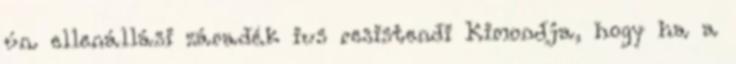
ún. ellenállási záradék ius resistendi Kimondja, hogy ha a